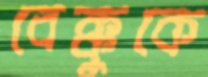
বেক্কুকে